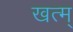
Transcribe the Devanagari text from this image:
खत्म्